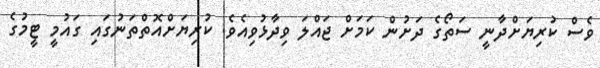
ވެސް ކުރިޔަށްދާނީ ސަތޯގެ ދަށުން ކަމަށް ޖައްލަ ވިދާޅުވިއެވެ. ކުރިޔަށްއޮތްތަނުގައި ގައުމީ ޓީމުގެ